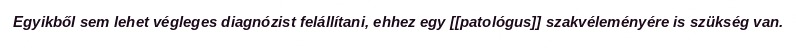
Egyikből sem lehet végleges diagnózist felállítani, ehhez egy [[patológus]] szakvéleményére is szükség van.